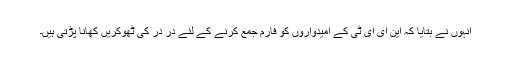
انہوں نے بتایا کہ این ای ای ٹی کے امیدواروں کو فارم جمع کرنے کے لئے در در کی ٹھوکریں کھانا پڑتی ہیں۔